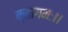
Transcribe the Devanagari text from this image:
कृतागमः।।